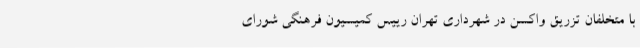
با متخلفان تزریق واکسن در شهرداری تهران رییس کمیسیون فرهنگی شورای